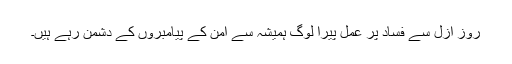
روزِ ازل سے فساد پر عمل پیرا لوگ ہمیشہ سے امن کے پیامبروں کے دشمن رہے ہیں۔